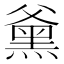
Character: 𮮕